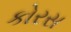
કોરસ